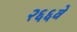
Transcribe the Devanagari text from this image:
२६६वे